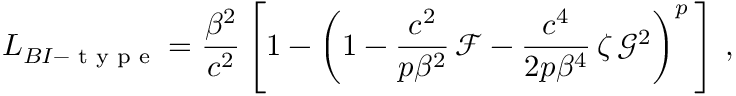
L _ { B I - \textrm { t y p e } } = \frac { \beta ^ { 2 } } { c ^ { 2 } } \left[ 1 - \left( 1 - \frac { c ^ { 2 } } { p \beta ^ { 2 } } \, \mathcal { F } - \frac { c ^ { 4 } } { 2 p \beta ^ { 4 } } \, \zeta \, \mathcal { G } ^ { 2 } \right) ^ { p } \, \right] \, ,